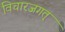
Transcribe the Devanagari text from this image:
विचारजगत्‌